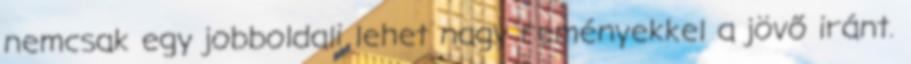
nemcsak egy jobboldali lehet nagy reményekkel a jövő iránt.